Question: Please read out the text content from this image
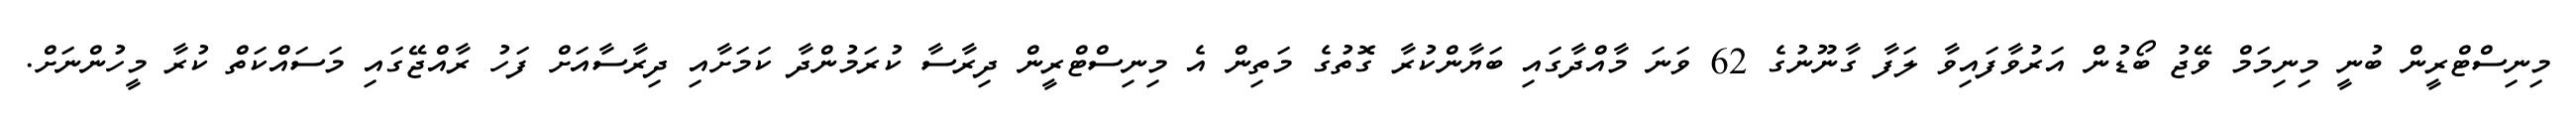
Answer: މިނިސްޓްރީން ބުނީ މިނިމަމް ވޭޖު ބޯޑުން އަރުވާފައިވާ ލަފާ ގާނޫނުގެ 62 ވަނަ މާއްދާގައި ބަޔާންކުރާ ގޮތުގެ މަތިން އެ މިނިސްޓްރީން ދިރާސާ ކުރަމުންދާ ކަމަށާއި ދިރާސާއަށް ފަހު ރާއްޖޭގައި މަސައްކަތް ކުރާ މީހުންނަށް.